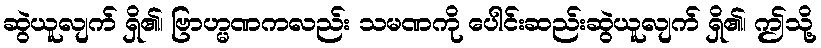
ဆွဲယူလျက် ရှိ၏၊ ဗြာဟ္မဏကလည်း သမဏကို ပေါင်းဆည်းဆွဲယူလျက် ရှိ၏၊ ဤသို့